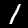
Digit: 1